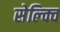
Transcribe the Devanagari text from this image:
सेल्क्वि